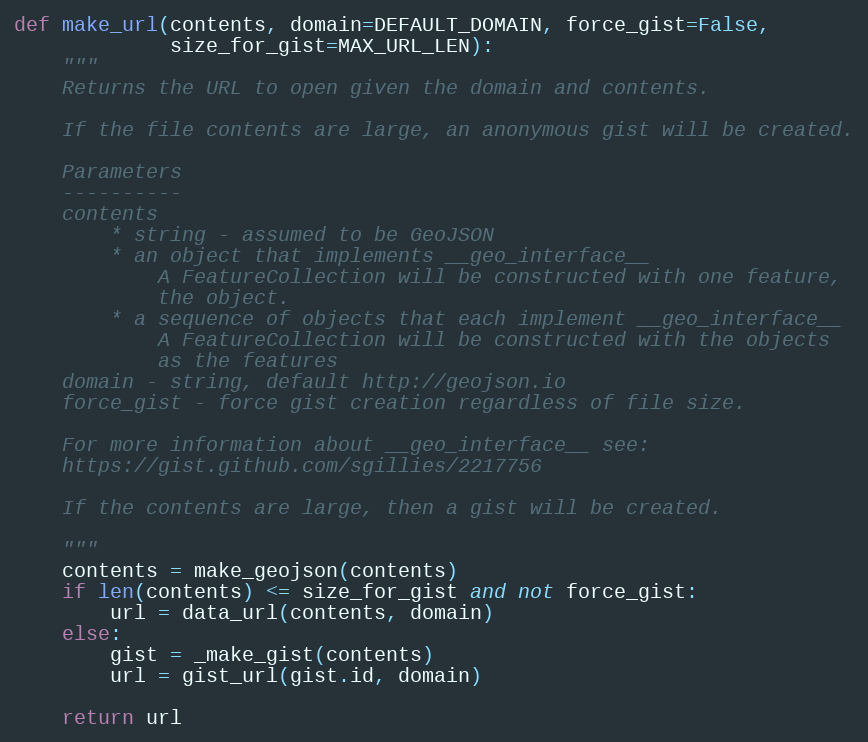
Language: Python
def make_url(contents, domain=DEFAULT_DOMAIN, force_gist=False,
             size_for_gist=MAX_URL_LEN):
    """
    Returns the URL to open given the domain and contents.

    If the file contents are large, an anonymous gist will be created.

    Parameters
    ----------
    contents
        * string - assumed to be GeoJSON
        * an object that implements __geo_interface__
            A FeatureCollection will be constructed with one feature,
            the object.
        * a sequence of objects that each implement __geo_interface__
            A FeatureCollection will be constructed with the objects
            as the features
    domain - string, default http://geojson.io
    force_gist - force gist creation regardless of file size.

    For more information about __geo_interface__ see:
    https://gist.github.com/sgillies/2217756

    If the contents are large, then a gist will be created.

    """
    contents = make_geojson(contents)
    if len(contents) <= size_for_gist and not force_gist:
        url = data_url(contents, domain)
    else:
        gist = _make_gist(contents)
        url = gist_url(gist.id, domain)

    return url